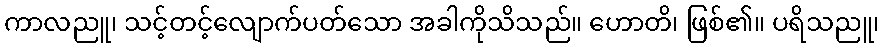
ကာလညူ၊ သင့်တင့်လျောက်ပတ်သော အခါကိုသိသည်။ ဟောတိ၊ ဖြစ်၏။ ပရိသညူ၊